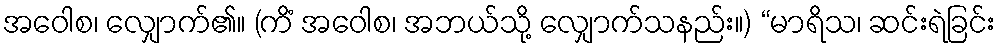
အဝေါစ၊ လျှောက်၏။ (ကိံ အဝေါစ၊ အဘယ်သို့ လျှောက်သနည်း။) “မာရိသ၊ ဆင်းရဲခြင်း